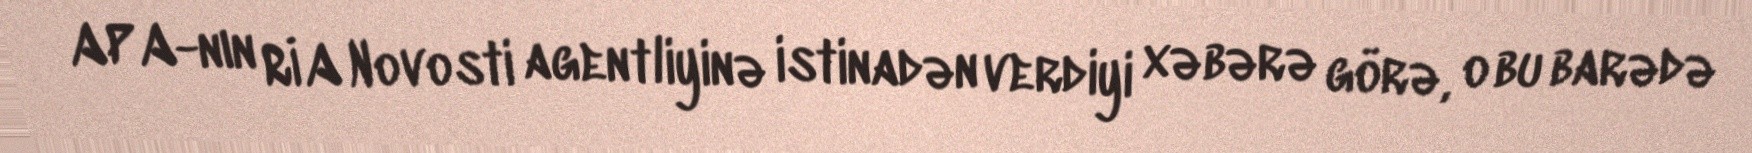
APA-nın RİA Novosti agentliyinə istinadən verdiyi xəbərə görə, o bu barədə